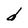
Character: d